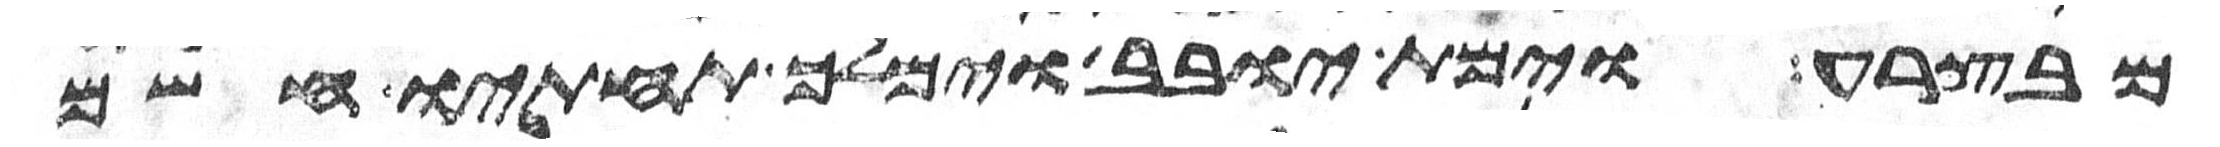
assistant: מבצרה וימת יובב וימלך תחתיו חשם